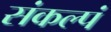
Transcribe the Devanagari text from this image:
संकल्पं